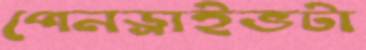
পেনড্রাইভটা